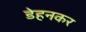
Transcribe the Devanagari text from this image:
डेहनकर